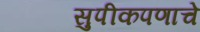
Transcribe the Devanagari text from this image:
सुपीकपणाचे